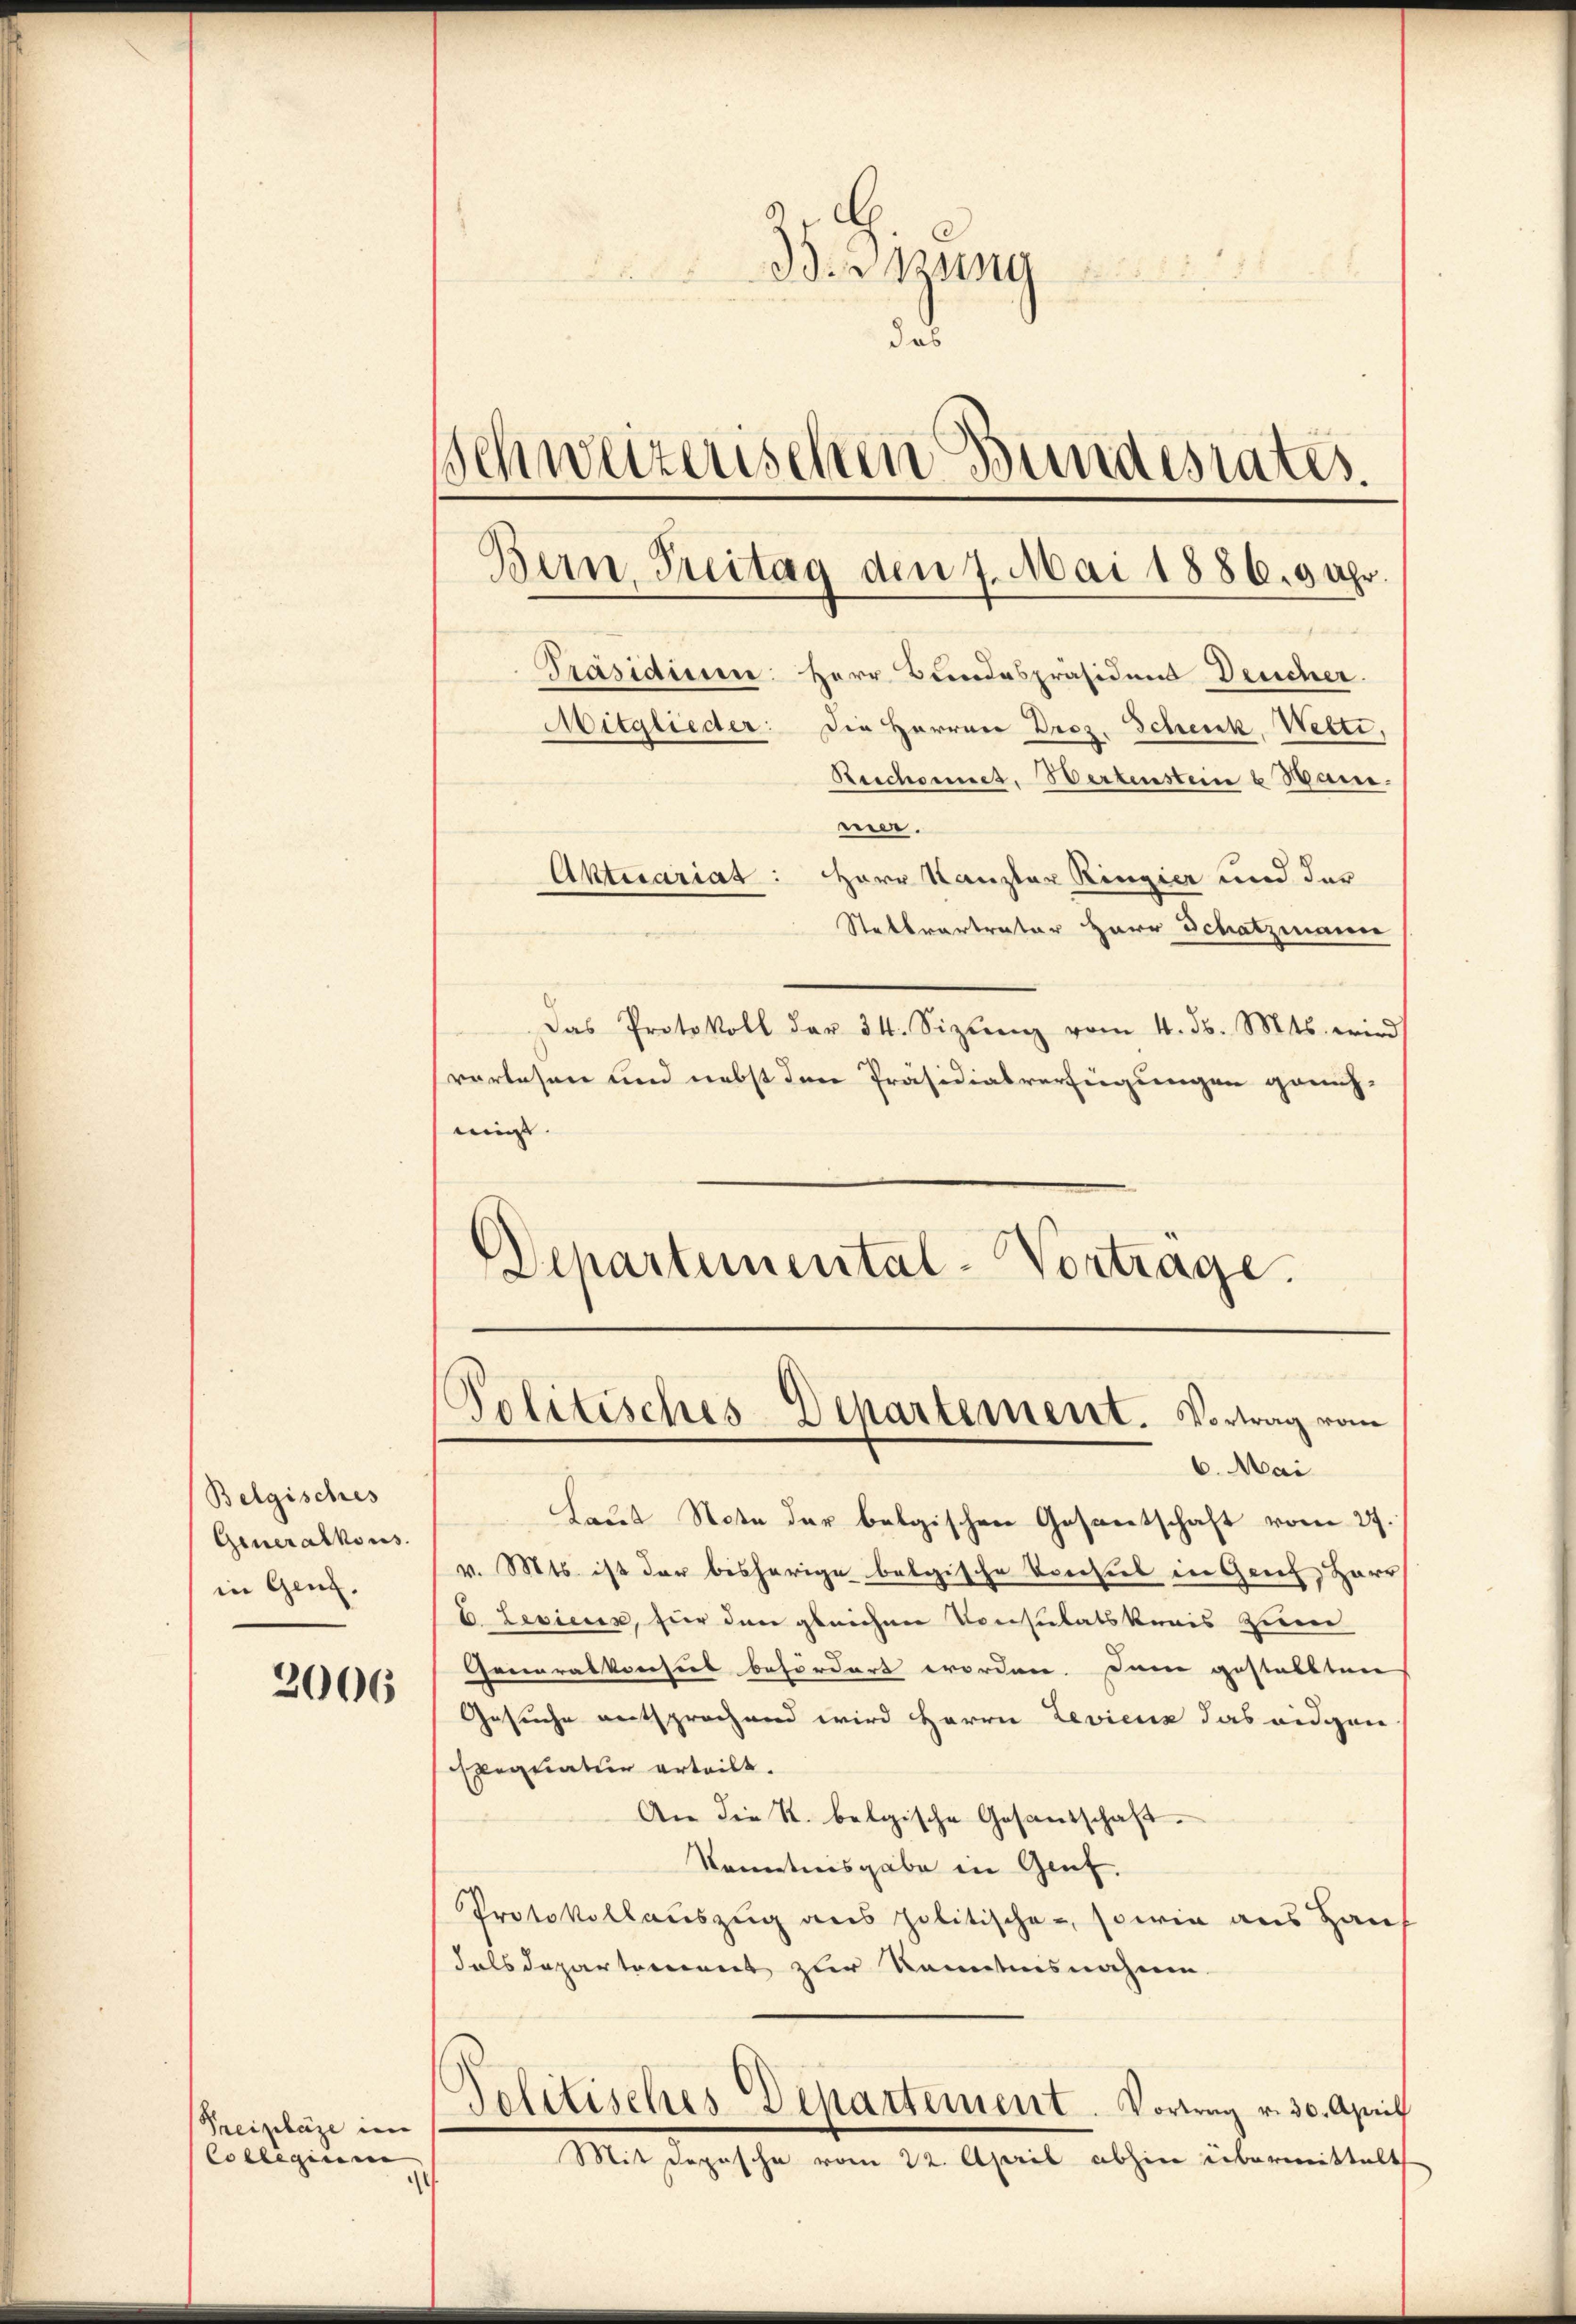
Belgisches
Generalkons
in Gen.

2006

Preiplaze im
Collegium

.
2
Beizung
das
Schweizerischen Bundesrates.
Bern, Freitag den 7. Mai 1886. 9 Uhr.
Präsidium Herr Bundespräsidend Deucher
Mitglieder: Die Herren Droz. Schenk, Welti,
Reichnet, Wertenstein u Hane.
me.

Aktuariat: Herr Kanzler Ringier und der
Stettvartreter Herr Schatzmann
Das Protokoll dar 34. Sizŭng vom 4. ds. Mts. wird
verlesen und nebst den Präsidialverfeigungen genüh-
migt.
Departemental-Vortrage.

Laut Note der belgischen Gesantschaft vom 27.
v. Mts. ist der bisherige belgische Vorsiel in Genf, Harr
E Levienen, für den gleichen Consulatskanis zum
Generalvorsieb befördert worden. Dem gestallten
Gesuche entsprochend wird Herrn Levienz das eidgen
Exequatur erteilt.
An die K. belgische Gesandschaft¬
Kontreisgabe in Genf.
Protokollauszug aus politische, sowie aus Haus
dals Departement zur Kenntnisnahme
Pelitisches Departement. Vortrag v. 30. April
Mit Depesche vom 22. April abhin übermittelt

Politisches-Departement. Vortrag vom
6. Mai